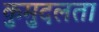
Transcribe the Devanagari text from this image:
कुमुदलता